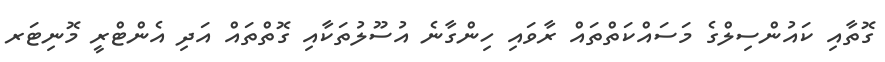
ގޮތާއި ކައުންސިލްގެ މަސައްކަތްތައް ރާވައި ހިންގާނެ އުސޫލުތަކާއި ގޮތްތައް އަދި އެންޓްރީ މޮނިޓަރ